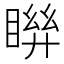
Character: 𥈒